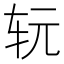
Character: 𰹷